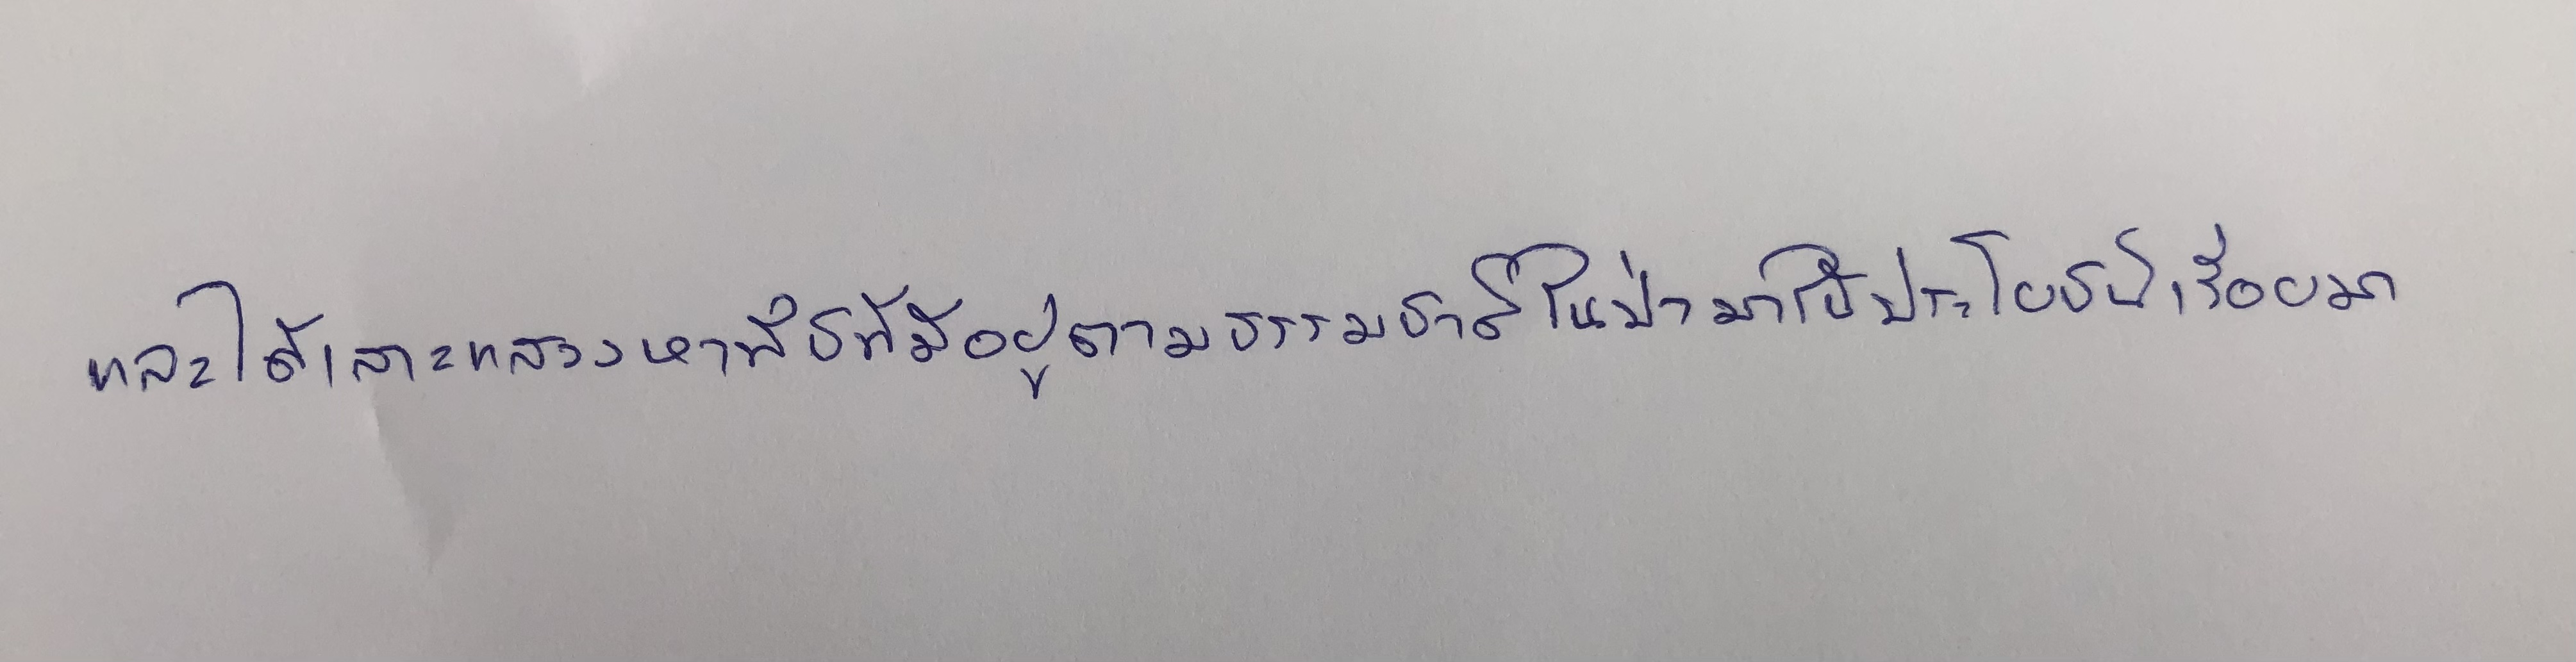
สามีถือว่าคำพูดนี้คือคำอนุญาตด้วยความเต็มใจของภรรยาก็พยักหน้าคล้อยตาม